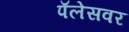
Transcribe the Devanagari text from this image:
पॅलेसवर